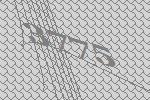
3775